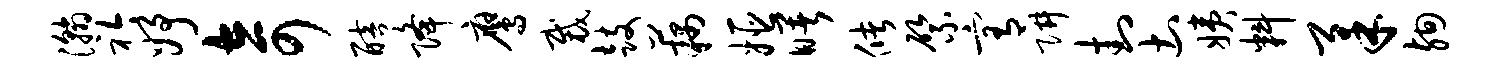
瀚衿妤奇醅降鹰裁鼓藕姬曙储綮宥阱封土姨料柔殉